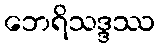
ဘေရိသဒ္ဒဿ